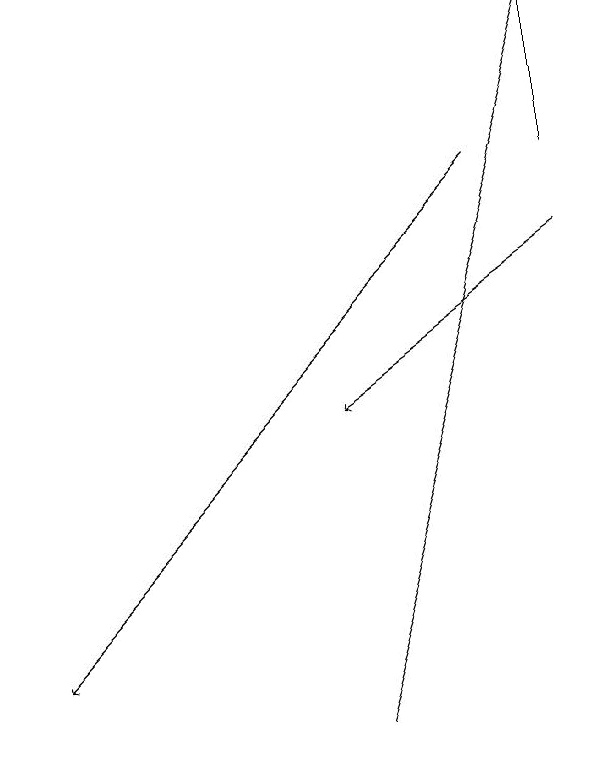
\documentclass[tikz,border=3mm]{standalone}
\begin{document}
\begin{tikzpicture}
\draw[->] (9,16) -- (6,14);
\draw[->] (8,17) -- (2,11);
\draw[->] (6,10) -- (9,19);
\draw (9,19) rectangle (9,17);
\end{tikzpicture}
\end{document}